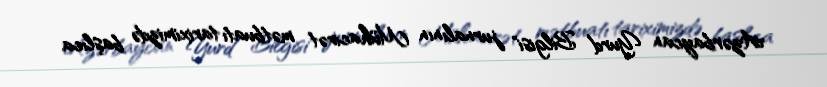
Azərbaycan Yurd Bilgisi" jurnalının Mühacirət mətbuatı tariximizdə başlıca